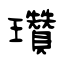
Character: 瓚